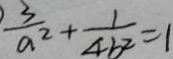
\frac { 3 } { a ^ { 2 } } + \frac { 1 } { 4 b ^ { 2 } } = 1